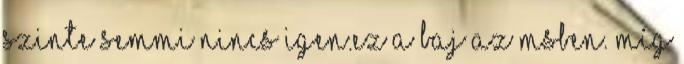
szinte semmi nincs Igen.ez a baj az MSben. Míg